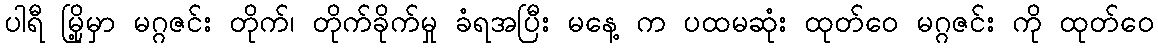
ပါရီ မြို့မှာ မဂ္ဂဇင်း တိုက်၊ တိုက်ခိုက်မှု ခံရအပြီး မနေ့ က ပထမဆုံး ထုတ်ဝေ မဂ္ဂဇင်း ကို ထုတ်ဝေ